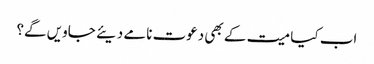
اب کیا میت کے بھی دعوت نامے دیئے جاویں گے؟